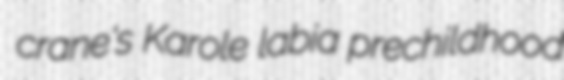
crane's Karole labia prechildhood